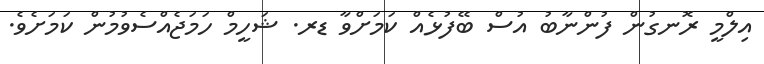
އިލްމީ ރޮނގުން ފުންނާބު އުސް ބޭފުޅެއް ކަމަށްވާ ޑރ. ޝަހީމް ހަމަޖެއްސެވުމުން ކަމަށެވެ.